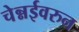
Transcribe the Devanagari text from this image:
चेन्नईवरुन